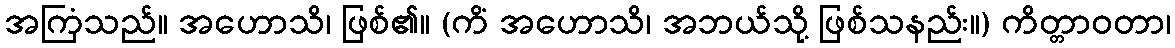
အကြံသည်။ အဟောသိ၊ ဖြစ်၏။ (ကိံ အဟောသိ၊ အဘယ်သို့ ဖြစ်သနည်း။) ကိတ္တာဝတာ၊